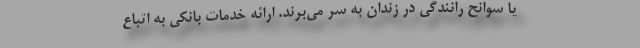
یا سوانح رانندگی در زندان به سر می‌برند. ارائه خدمات بانکی به اتباع